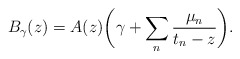
\begin{align*}B_\gamma(z) = A(z) \bigg(\gamma + \sum_n \frac{\mu_n}{t_n-z}\bigg).\end{align*}